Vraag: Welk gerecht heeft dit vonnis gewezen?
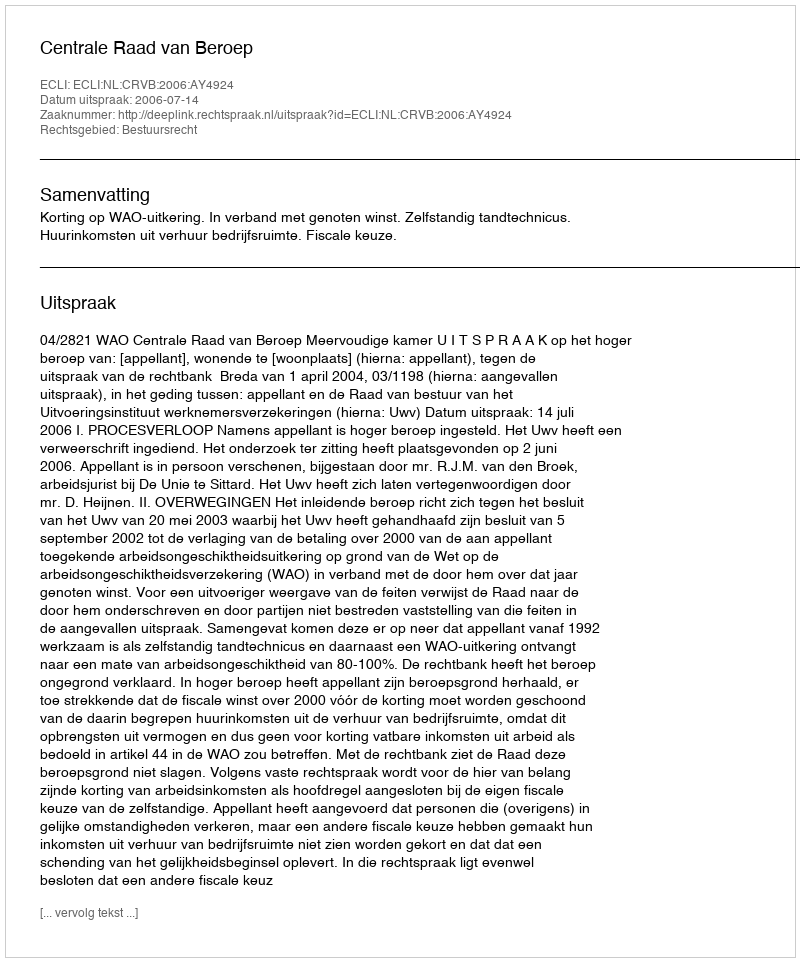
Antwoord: Centrale Raad van Beroep